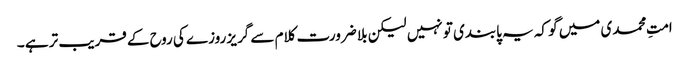
امتِ محمدی میں گو کہ یہ پابندی تو نہیں لیکن بلا ضرورت کلام سے گریز روزے کی روح کے قریب تر ہے ۔